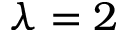
\lambda = 2